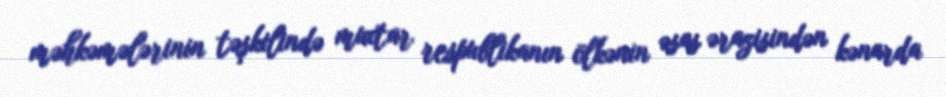
məhkəmələrinin təşkilində muxtar respublikanın ölkənin əsas ərazisindən kənarda